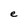
Character: e